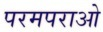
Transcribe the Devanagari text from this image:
परमपराओ